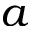
a